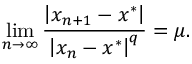
\operatorname* { l i m } _ { n \rightarrow \infty } { \frac { \left| x _ { n + 1 } - x ^ { * } \right| } { \left| x _ { n } - x ^ { * } \right| ^ { q } } } = \mu .